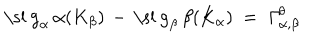
LaTeX: \mathrm { \ s l ~ g } _ { \alpha } \, \alpha ( K _ { \beta } ) \, - \, \mathrm { \ s l ~ g } _ { \beta } \, \beta ( K _ { \alpha } ) ~ = ~ \mathit { \Gamma } _ { \alpha , \beta } ^ { \theta }